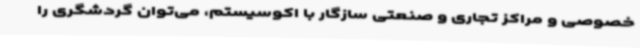
خصوصی و مراکز تجاری و صنعتی سازگار با اکوسیستم، می‌توان گردشگری را